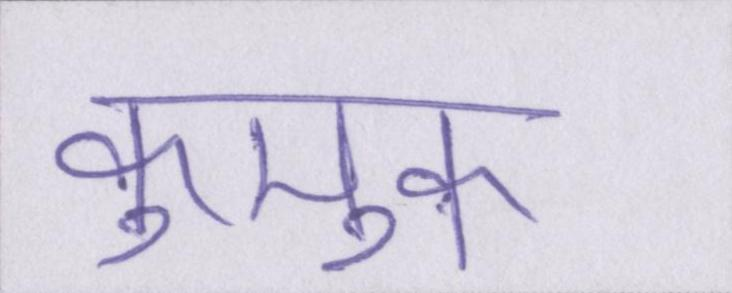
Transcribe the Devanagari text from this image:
कुमुक